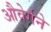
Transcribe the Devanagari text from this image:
औवेर्गने